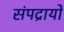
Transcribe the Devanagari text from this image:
संपद्रायों